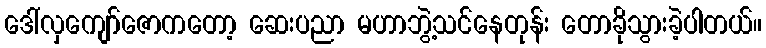
ဒေါ်လှကျော်ဇောကတော့ ဆေးပညာ မဟာဘွဲ့သင်နေတုန်း တောခိုသွားခဲ့ပါတယ်။